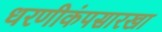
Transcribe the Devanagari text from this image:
धरणीकंपसारखा